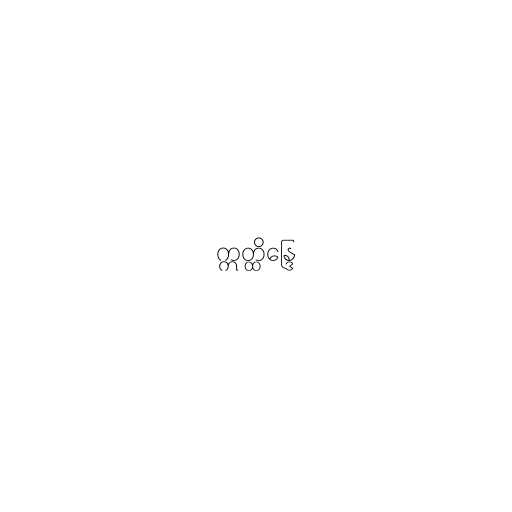
ဣတ္ထိန္ဒြေ